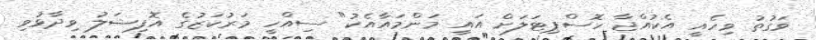
ވަގުތު ވިހެއީ އެކުއްޖާ ހޮސްޕިޓަލަށް އައީ މަންމައާއެކު" ސިއްހީ މަރުކަޒުގެ އޮފިޝަލު ވިދާޅުވި